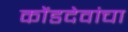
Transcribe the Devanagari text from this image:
कोंडदेवांचा